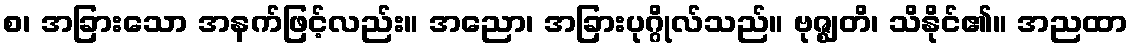
စ၊ အခြားသော အနက်ဖြင့်လည်း။ အညော၊ အခြားပုဂ္ဂိုလ်သည်။ ဗုဇ္ဈတိ၊ သိနိုင်၏။ အညထာ